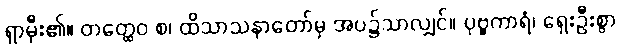
ရှာမှီး၏။ တတ္ထေဝ စ၊ ထိသာသနာတော်မှ အပ၌သာလျှင်။ ပုဗ္ဗကာရံ၊ ရှေးဦးစွာ